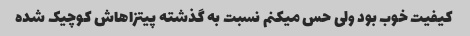
کیفیت خوب بود ولی حس میکنم نسبت به گذشته پیتزاهاش کوچیک شده